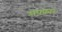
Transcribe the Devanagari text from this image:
सफ़्फ़ार